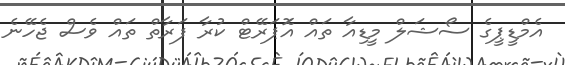
އެމްޑީޕީގެ ސޯޝަލް މީޑިއާ ތައް އޮަޕަރޭޓް ކުރާ ފަރާތް ތައް ވެސް ޖެހޭނެ